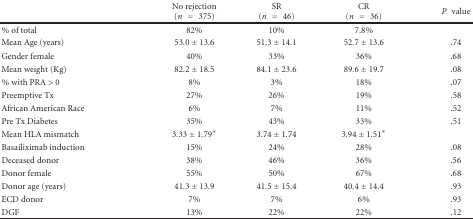
|  | No rejection(n = 375) | SR(n = 46) | CR (n = 36) | P value |
 | --- | --- | --- | --- | --- |
 | % of total | 82% | 10% | 7.8% |  |
 | Mean Age (years) | 53.0 ± 13.6 | 51.3 ± 14.1 | 52.7 ± 13.6 | .74 |
 | Gender female | 40% | 33% | 36% | .68 |
 | Mean weight (Kg) | 82.2 ± 18.5 | 84.1 ± 23.6 | 89.6 ± 19.7 | .08 |
 | % with PRA > 0 | 8% | 3% | 18% | .07 |
 | Preemptive Tx | 27% | 26% | 19% | .58 |
 | African American Race | 6% | 7% | 11% | .52 |
 | Pre Tx Diabetes | 35% | 43% | 33% | .51 |
 | Mean HLA mismatch | 3.33 ± 1.79* | 3.74 ± 1.74 | 3.94 ± 1.51* |  |
 | Basailiximab induction | 15% | 24% | 28% | .08 |
 | Deceased donor | 38% | 46% | 36% | .56 |
 | Donor female | 55% | 50% | 67% | .68 |
 | Donor age (years) | 41.3 ± 13.9 | 41.5 ± 15.4 | 40.4 ± 14.4 | .93 |
 | ECD donor | 7% | 7% | 6% | .93 |
 | DGF | 13% | 22% | 22% | .12 |